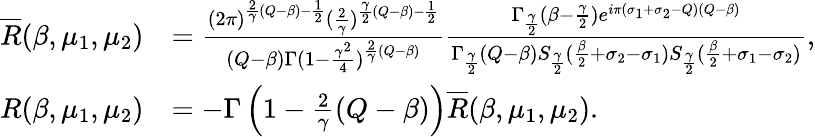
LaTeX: \begin{array}{rl}{\overline{R}(\beta,\mu_{1},\mu_{2})}&{=\frac{(2\pi)^{\frac{2}{\gamma}(Q-\beta)-\frac{1}{2}}(\frac{2}{\gamma})^{\frac{\gamma}{2}(Q-\beta)-\frac{1}{2}}}{(Q-\beta)\Gamma(1-\frac{\gamma^{2}}{4})^{\frac{2}{\gamma}(Q-\beta)}}\frac{\Gamma_{\frac{\gamma}{2}}(\beta-\frac{\gamma}{2})e^{i\pi(\sigma_{1}+\sigma_{2}-Q)(Q-\beta)}}{\Gamma_{\frac{\gamma}{2}}(Q-\beta)S_{\frac{\gamma}{2}}(\frac{\beta}{2}+\sigma_{2}-\sigma_{1})S_{\frac{\gamma}{2}}(\frac{\beta}{2}+\sigma_{1}-\sigma_{2})},}\\ {R(\beta,\mu_{1},\mu_{2})}&{=-\Gamma\left(1-\frac{2}{\gamma}(Q-\beta)\right)\overline{R}(\beta,\mu_{1},\mu_{2}).}\end{array}